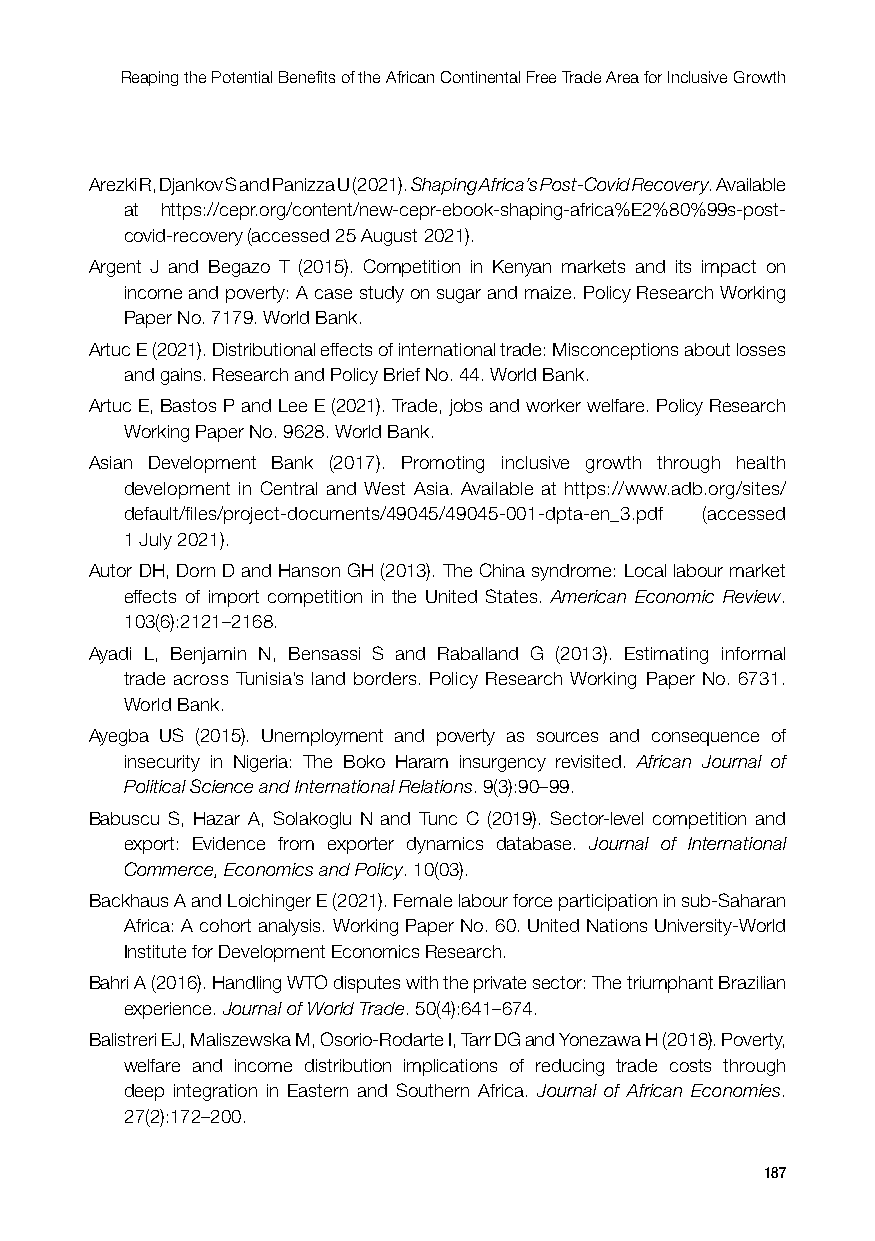
Reaping the Potential Benefits of the African Continental Free Trade Area for Inclusive Growth
 Arezki R, Djankov S and Panizza U (2021). Shaping Africa’s Post-Covid Recovery. Available
 at https://cepr.org/content/new-cepr-ebook-shaping-africa%E2%80%99s-post-
 covid-recovery (accessed 25 August 2021).
 Argent J and Begazo T (2015). Competition in Kenyan markets and its impact on
 income and poverty: A case study on sugar and maize. Policy Research Working
 Paper No. 7179. World Bank.
 Artuc E (2021). Distributional effects of international trade: Misconceptions about losses
 and gains. Research and Policy Brief No. 44. World Bank.
 Artuc E, Bastos P and Lee E (2021). Trade, jobs and worker welfare. Policy Research
 Working Paper No. 9628. World Bank.
 Asian Development Bank (2017). Promoting inclusive growth through health
 development in Central and West Asia. Available at https://www.adb.org/sites/
 default/files/project-documents/49045/49045-001-dpta-en_3.pdf (accessed
 1 July 2021).
 Autor DH, Dorn D and Hanson GH (2013). The China syndrome: Local labour market
 effects of import competition in the United States. American Economic Review.
 103(6):2121–2168.
 Ayadi L, Benjamin N, Bensassi S and Raballand G (2013). Estimating informal
 trade across Tunisia’s land borders. Policy Research Working Paper No. 6731.
 World Bank.
 Ayegba US (2015). Unemployment and poverty as sources and consequence of
 insecurity in Nigeria: The Boko Haram insurgency revisited. African Journal of
 Political Science and International Relations. 9(3):90–99.
 Babuscu S, Hazar A, Solakoglu N and Tunc C (2019). Sector-level competition and
 export: Evidence from exporter dynamics database. Journal of International
 Commerce, Economics and Policy. 10(03).
 Backhaus A and Loichinger E (2021). Female labour force participation in sub-Saharan
 Africa: A cohort analysis. Working Paper No. 60. United Nations University-World
 Institute for Development Economics Research.
 Bahri A (2016). Handling WTO disputes with the private sector: The triumphant Brazilian
 experience. Journal of World Trade. 50(4):641–674.
 Balistreri EJ, Maliszewska M, Osorio-Rodarte I, Tarr DG and Yonezawa H (2018). Poverty,
 welfare and income distribution implications of reducing trade costs through
 deep integration in Eastern and Southern Africa. Journal of African Economies.
 27(2):172–200.
 187